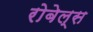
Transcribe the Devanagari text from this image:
रोबेल्स